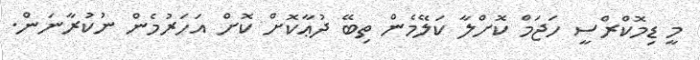
މީ ޑިމޮކްރްސީ ހަޖަމް ކޮށްލާ ކަލޭމެން ތިބޭ ދުޢާކޮށް ކޮށް އަހަރުމެން ނުކުރާނަން.